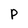
Character: P